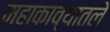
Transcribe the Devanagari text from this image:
महाकाव्यातले